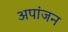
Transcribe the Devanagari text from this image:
अपांजन